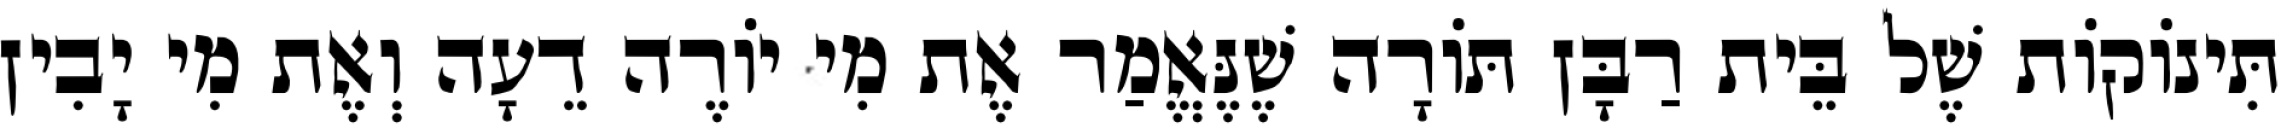
תִּינוֹקוֹת שֶׁל בֵּית רַבָּן תּוֹרָה שֶׁנֶּאֱמַר אֶת מִי יוֹרֶה דֵעָה וְאֶת מִי יָבִין